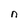
Character: n